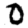
Digit: 0